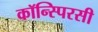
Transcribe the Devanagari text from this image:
कॉन्स्पिरसी